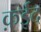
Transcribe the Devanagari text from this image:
क़ईद